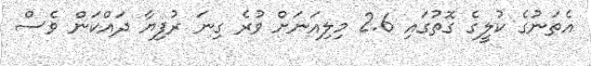
އެތަނުގެ ކުލީގެ ގޮތުގައި 2.6 މިލިއަނަށް ވުރެ ގިނަ ރުފިޔާ ދައްކަން ވެސް